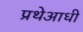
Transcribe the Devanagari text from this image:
प्रथेआधी